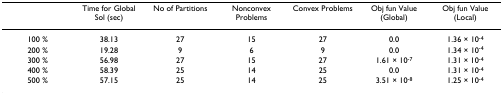
<table><thead><tr><td></td><td><b>Time for Global Sol (sec)</b></td><td><b>No of Partitions</b></td><td><b>Nonconvex Problems</b></td><td><b>Convex Problems</b></td><td><b>Obj fun Value (Global)</b></td><td><b>Obj fun Value (Local)</b></td></tr></thead><tbody><tr><td>100 %</td><td>38.13</td><td>27</td><td>15</td><td>27</td><td>0.0</td><td>1.36 × 10<sup>-4</sup></td></tr><tr><td>200 %</td><td>19.28</td><td>9</td><td>6</td><td>9</td><td>0.0</td><td>1.34 × 10<sup>-4</sup></td></tr><tr><td>300 %</td><td>56.98</td><td>27</td><td>15</td><td>27</td><td>1.61 × 10<sup>-7</sup></td><td>1.31 × 10<sup>-4</sup></td></tr><tr><td>400 %</td><td>58.39</td><td>25</td><td>14</td><td>25</td><td>0.0</td><td>1.31 × 10<sup>-4</sup></td></tr><tr><td>500 %</td><td>57.15</td><td>25</td><td>14</td><td>25</td><td>3.51 × 10<sup>-8</sup></td><td>1.25 × 10<sup>-4</sup></td></tr></tbody></table>